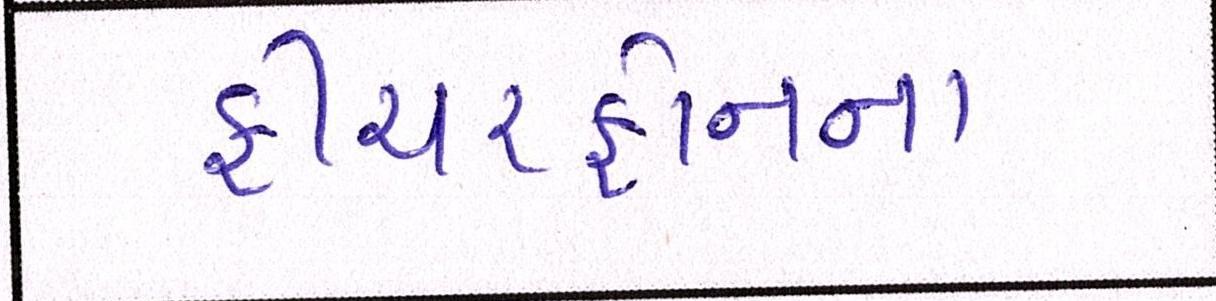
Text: ફીચરફોનના